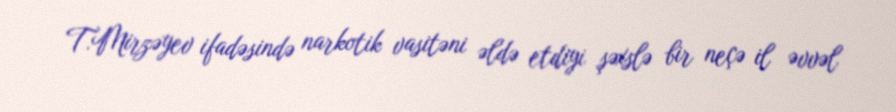
T.Mirzəyev ifadəsində narkotik vasitəni əldə etdiyi şəxslə bir neçə il əvvəl